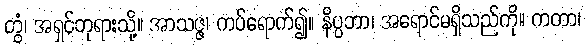
တွံ၊ အရှင်ဘုရားသို့။ အာသဇ္ဇ၊ ကပ်ရောက်၍။ နိပ္ပဘာ၊ အရောင်မရှိသည်ကို။ ကတာ၊